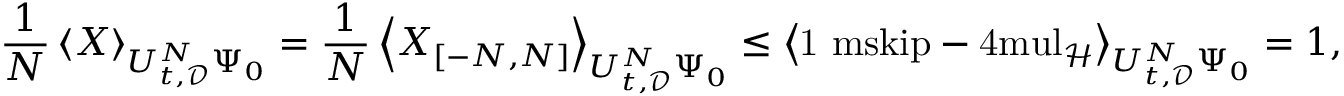
\frac 1 N \left\langle X \right\rangle _ { U _ { t , \mathcal { D } } ^ { N } \Psi _ { 0 } } = \frac 1 N \left\langle X _ { [ - N , N ] } \right\rangle _ { U _ { t , \mathcal { D } } ^ { N } \Psi _ { 0 } } \leq \left\langle { \mathchoice { \mathrm { 1 \ m s k i p - 4 m u l } } { \mathrm { 1 \ m s k i p - 4 m u l } } { \mathrm { 1 \ m s k i p - 4 . 5 m u l } } { \mathrm { 1 \ m s k i p - 5 m u l } } } _ { \mathcal { H } } \right\rangle _ { U _ { t , \mathcal { D } } ^ { N } \Psi _ { 0 } } = 1 ,